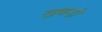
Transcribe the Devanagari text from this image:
खणडो